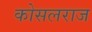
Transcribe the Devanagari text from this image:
कोसलराज